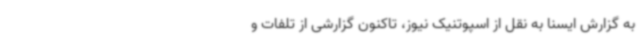
به گزارش ایسنا به نقل از اسپوتنیک نیوز، تاکنون گزارشی از تلفات و